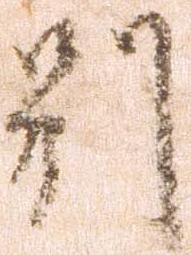
別